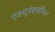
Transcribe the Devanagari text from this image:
एक्यूपंक्चरिस्ट